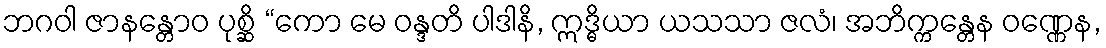
ဘဂဝါ ဇာနန္တောဝ ပုစ္ဆိ “ကော မေ ဝန္ဒတိ ပါဒါနိ, ဣဒ္ဓိယာ ယသသာ ဇလံ၊ အဘိက္ကန္တေန ဝဏ္ဏေန,